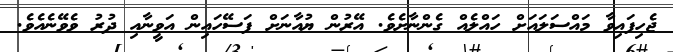
ޖެހިފައިވާ މައްސަލައަށް ހައްލެއް ގެންނާށެވެ. އޭރުން ޔުއާނަށް ފަސޭހައިން އަވީނާއި ދުރު ވެވޭނެއެވެ.